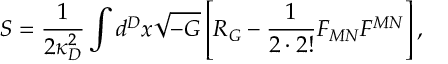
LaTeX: S = { \frac { 1 } { 2 \kappa _ { D } ^ { 2 } } } \int d ^ { D } x \sqrt { - G } \left[ { \cal R } _ { G } - { \frac { 1 } { 2 \cdot 2 ! } } F _ { M N } F ^ { M N } \right] ,